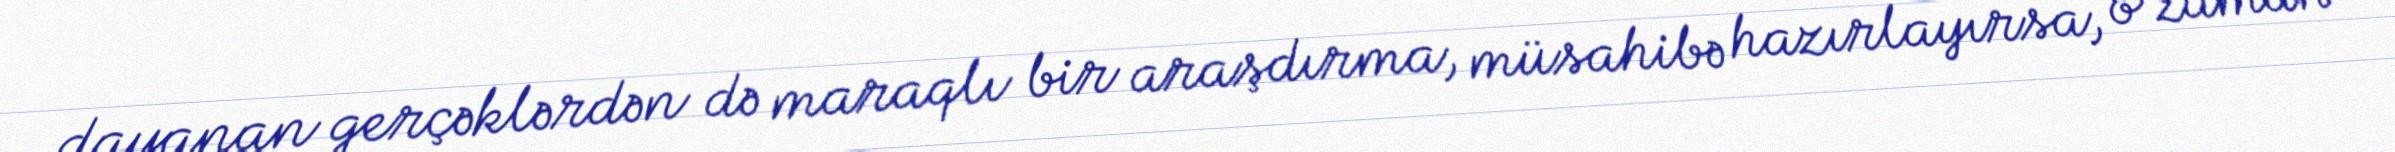
dayanan gerçəklərdən də maraqlı bir araşdırma, müsahibə hazırlayırsa, o zaman